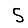
Digit: 5